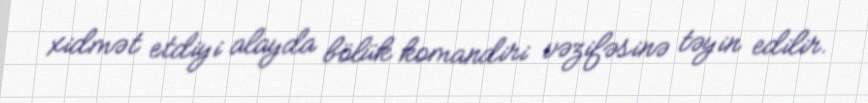
xidmət etdiyi alayda bölük komandiri vəzifəsinə təyin edilir.